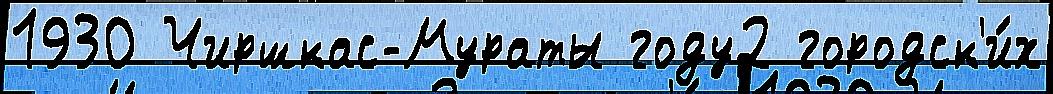
1930 Чиршкас-Мураты году2 городск'и́х